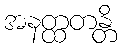
အနတ္ထတန္တိ